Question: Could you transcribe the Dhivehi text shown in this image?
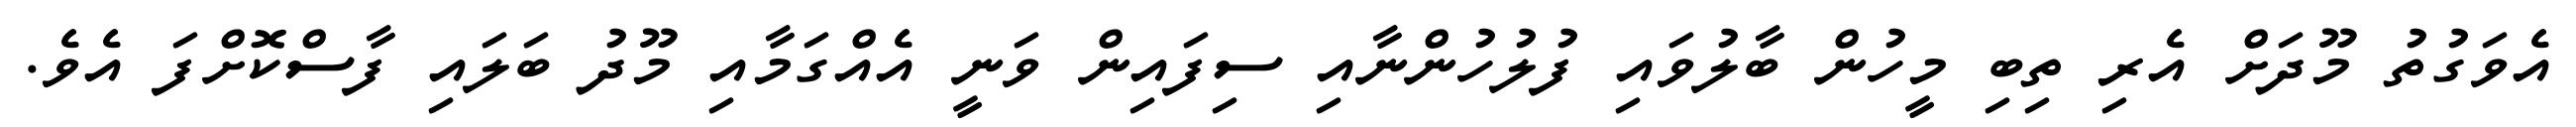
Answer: އެވަގުތު މޫދަށް އެރި ތިބި މީހުން ބާލުވައި ފުލުހުންނާއި ސިފައިން ވަނީ އެއްގަމާއި މޫދު ބަލައި ފާސްކޮށްފަ އެވެ.